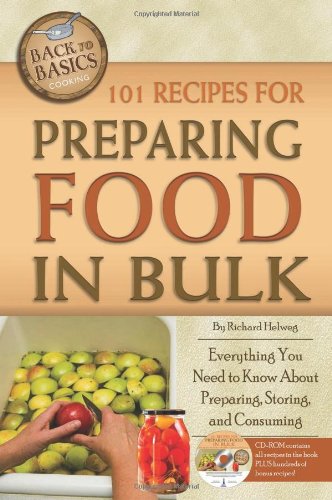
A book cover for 101 Recipes for Preparing Food in Bulk: Everything You Need to Know About Preparing, Storing, and Consuming with Companion CD-ROM (Back-To-Basics Cooking); Richard Helweg; Cookbooks, Food & Wine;